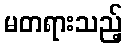
မတရားသည့်